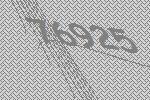
76925